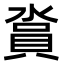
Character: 𣺪